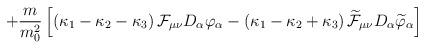
LaTeX: \begin{align*}+\frac{m}{m_0^2}\left[\left( \kappa_1 -\kappa_2-\kappa_3\right){\cal F}_{\mu\nu }D_\alpha\varphi_\alpha-\left(\kappa_1 -\kappa_2 +\kappa_3\right)\widetilde{{\cal F}}_{\mu\nu }D_\alpha\widetilde{\varphi}_\alpha\right]\end{align*}